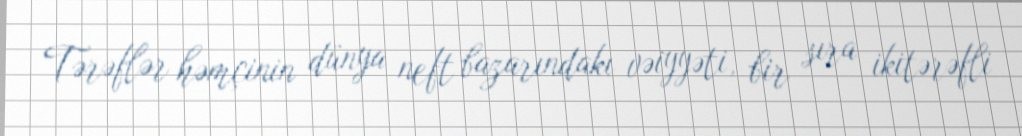
Tərəflər həmçinin dünya neft bazarındakı vəiyyəti, bir sıra ikitərəfli